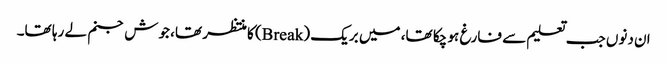
ان دنوں جب تعلیم سے فارغ ہو چکا تھا، میں بریک (Break) کا منتظر تھا، جوش جنم لے رہا تھا۔